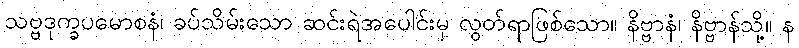
သဗ္ဗဒုက္ခပမောစနံ၊ ခပ်သိမ်းသော ဆင်းရဲအပေါင်းမှ လွတ်ရာဖြစ်သော။ နိဗ္ဗာနံ၊ နိဗ္ဗာန်သို့။ န